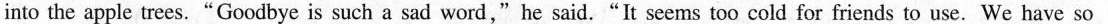
into the apple trees."Goodbye is such a sad word,"he said."It seems too cold for friends to use. We have so